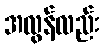
အလွန်လည်း